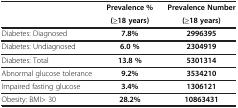
<table><thead><tr><td><b> </b></td><td><b>Prevalence %</b></td><td><b>Prevalence Number</b></td></tr><tr><td><b> </b></td><td><b>(≥18 years)</b></td><td><b>(≥18 years)</b></td></tr></thead><tbody><tr><td>Diabetes: Diagnosed</td><td><b>7.8%</b></td><td><b>2996395</b></td></tr><tr><td>Diabetes: Undiagnosed</td><td><b>6.0 %</b></td><td><b>2304919</b></td></tr><tr><td>Diabetes: Total</td><td><b>13.8 %</b></td><td><b>5301314</b></td></tr><tr><td>Abnormal glucose tolerance</td><td><b>9.2%</b></td><td><b>3534210</b></td></tr><tr><td>Impaired fasting glucose</td><td><b>3.4%</b></td><td><b>1306121</b></td></tr><tr><td>Obesity: BMI&gt; 30</td><td><b>28.2%</b></td><td><b>10863431</b></td></tr></tbody></table>